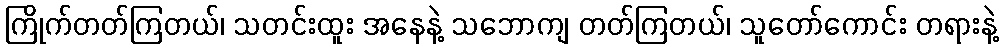
ကြိုက်တတ်ကြတယ်၊ သတင်းထူး အနေနဲ့ သဘောကျ တတ်ကြတယ်၊ သူတော်ကောင်း တရားနဲ့